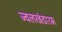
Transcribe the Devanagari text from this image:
ज्वलखंडाश्म